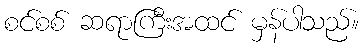
စင်စစ် ဆရာကြီးအထင် မှန်ပါသည်။